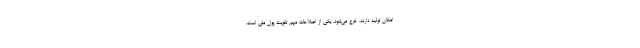
امکان تولید دارند، خرج می‌شود. یکی از اصلاحات مهم تقویت پول ملی است.